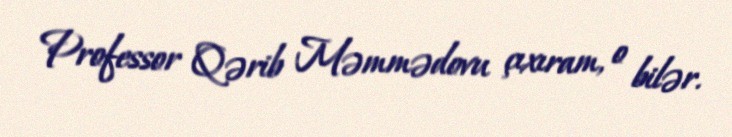
Professor Qərib Məmmədovu çıxıram, o bilər.